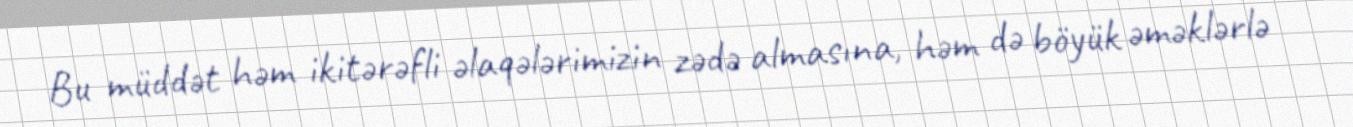
Bu müddət həm ikitərəfli əlaqələrimizin zədə almasına, həm də böyük əməklərlə